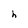
Character: h